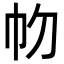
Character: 𢁞